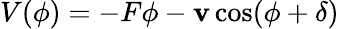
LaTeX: V(\phi)=-F\phi-\mathbf{v}\cos(\phi+\delta)